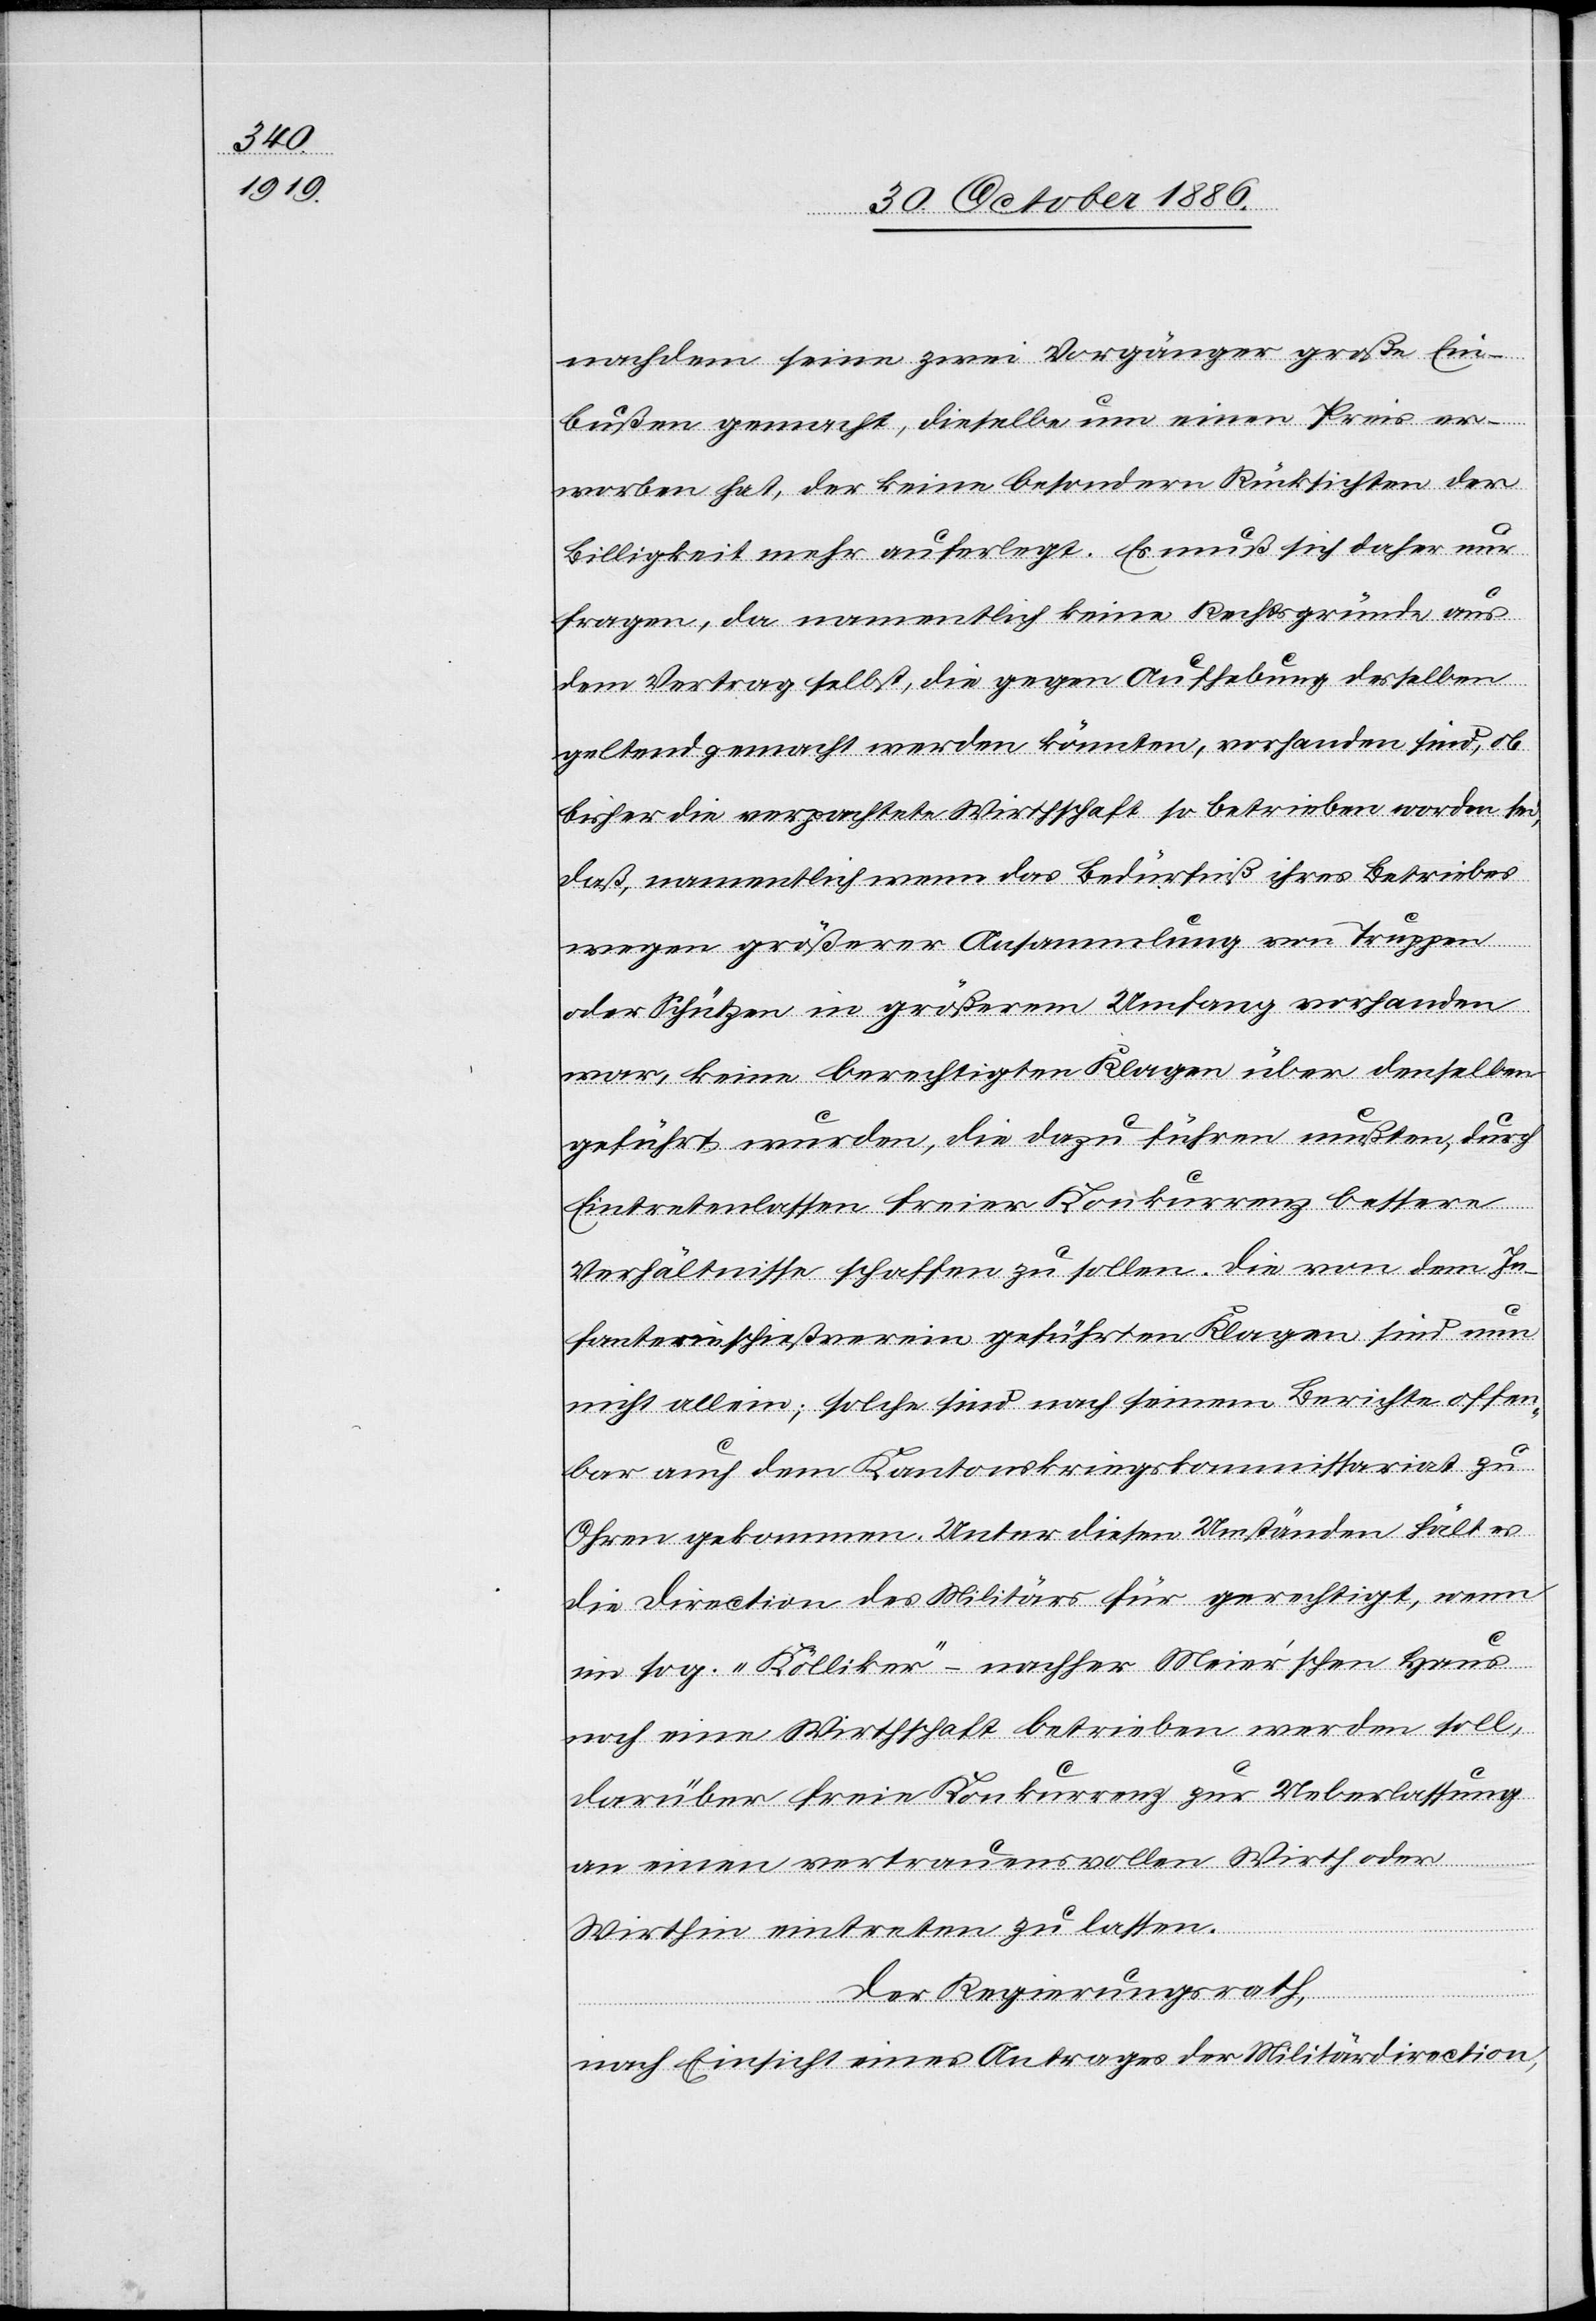
nachdem seine zwei Vorgänger große Ein¬
bußen gemacht, dieselbe um einen Preis er¬
worben hat, der keine besondern Rücksichten der
Billigkeit mehr auferlegt. Es muß sich daher nur
fragen, da namentlich keine Rechtsgründe aus
dem Vertrag selbst, die gegen Aufhebung desselben
geltend gemacht werden könnten, vorhanden sind, ob
bisher die verpachtete Wirthschaft so betrieben worden sei,
daß, namentlich wenn das Bedürfniß ihres Betriebes
wegen größerer Ansammlung von Truppen
oder Schützen in größerem Umfang vorhanden
war, keine berechtigten Klagen über denselben
geführt wurden, die dazu führen mußten, durch
Eintretenlassen freier Konkurrenz bessere
Verhältnisse schaffen zu sollen. Die von dem In¬
fanterieschießverein geführten Klagen sind nun
nicht allein; solche sind nach seinem Berichte offen¬
bar auch dem Kantonskriegskommissariat zu
Ohren gekommen. Unter diesen Umständen hält es
die Direction des Militärs für gerecht[fert]igt, wenn
im sog. „Kölliker“- nachher Meier’schen Haus
noch eine Wirthschaft betrieben werden soll,
darüber freie Konkurrenz zur Ueberlassung
an einen vertrauensvollen Wirth oder
Wirthin eintreten zu lassen.
Der Regierungsrath,
nach Einsicht eines Antrages der Militärdirection,